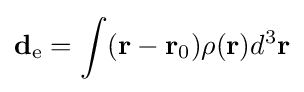
\mathbf {d} _{\rm {e}}=\int ({\mathbf {r} }-{\mathbf {r} }_{0})\rho ({\mathbf {r} })d^{3}{\mathbf {r} }